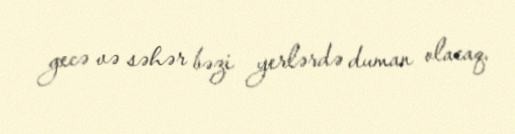
gecə və səhər bəzi yerlərdə duman olacaq.